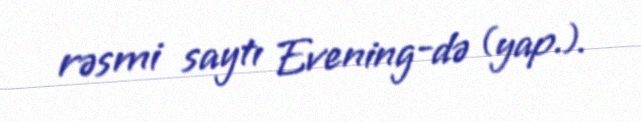
rəsmi saytı Evening-də (yap.).